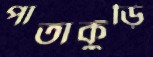
পাতাকুঁড়ি